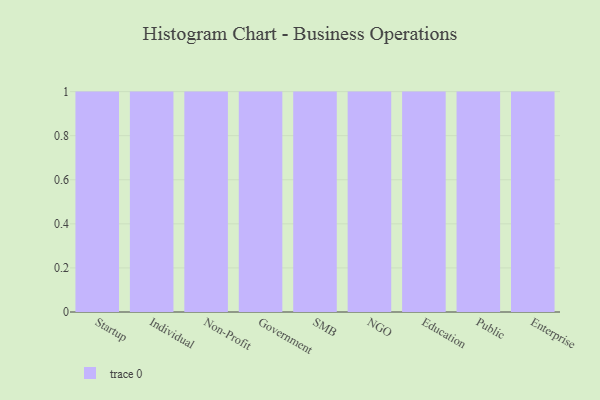
{"axis": {"x": "Segment", "y": "Customer Acquisition Cost (USD)"}, "legend": [""], "data": [{"x": "Startup", "y": 79, "type": ""}, {"x": "Individual", "y": 78, "type": ""}, {"x": "Non-Profit", "y": 21, "type": ""}, {"x": "Government", "y": 58, "type": ""}, {"x": "SMB", "y": 76, "type": ""}, {"x": "NGO", "y": 8, "type": ""}, {"x": "Education", "y": 65, "type": ""}, {"x": "Public", "y": 58, "type": ""}, {"x": "Enterprise", "y": 6, "type": ""}]}